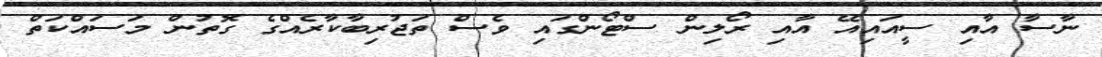
ނާސާ އާއި ސީއައިއޭ އާއި ރޯލިން ސްޓޯންގައި ވެސް ތަޖުރިބާކާރެއްގެ ގޮތުން މަސައްކަތް